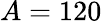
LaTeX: A=120